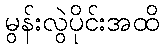
မွန်းလွဲပိုင်းအထိ